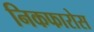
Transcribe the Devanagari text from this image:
निकफारोस